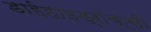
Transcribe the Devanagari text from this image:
डाईहाइड्रॉक्सी